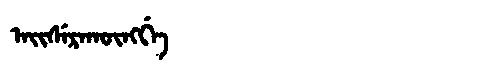
Manchu: ᠠᡳᠰᡝᡵᠠᡴᡡᠩᡤᡝ
Romanization: AISERAKŪNGGE